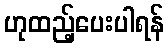
ဟုထည့်ပေးပါရန်